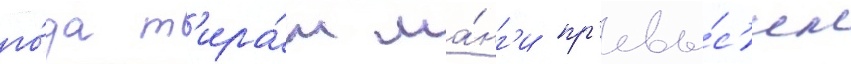
го́да т'ира́ж ма́нг'и пр'евы́с'ил